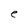
Character: e